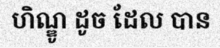
ហិណ្ឌូ ដូច ដែល បាន